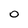
Character: O